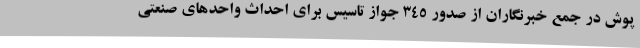
پوش در جمع خبرنگاران از صدور 345 جواز تاسیس برای احداث واحدهای صنعتی